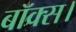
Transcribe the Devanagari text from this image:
बॉक्स।